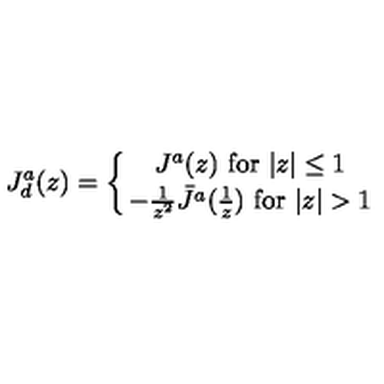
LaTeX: J _ { d } ^ { a } ( z ) = \left\{ { J ^ { a } ( z ) \ \mathrm { f o r } \ \vert z \vert \leq 1 } \atop { - { \frac { 1 } { z ^ { 2 } } } \bar { J } ^ { a } ( { \frac { 1 } { z } } ) \ \mathrm { f o r } \ \vert z \vert > 1 } \right. \